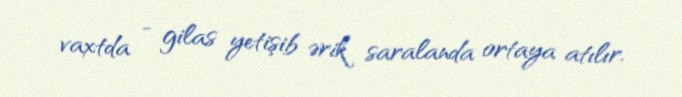
vaxtda - gilas yetişib ərik saralanda ortaya atılır.